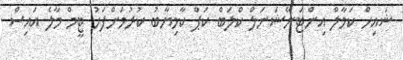
ޝައިހް ކަމާލް އިންޓަނޭޝަނަލް ކްލަބް ކަޕް ކާމިޔާބު ކުރުމަށްފަހު ޓީމް މާލެ އައިސް